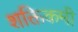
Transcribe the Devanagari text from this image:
शक्तिकमी